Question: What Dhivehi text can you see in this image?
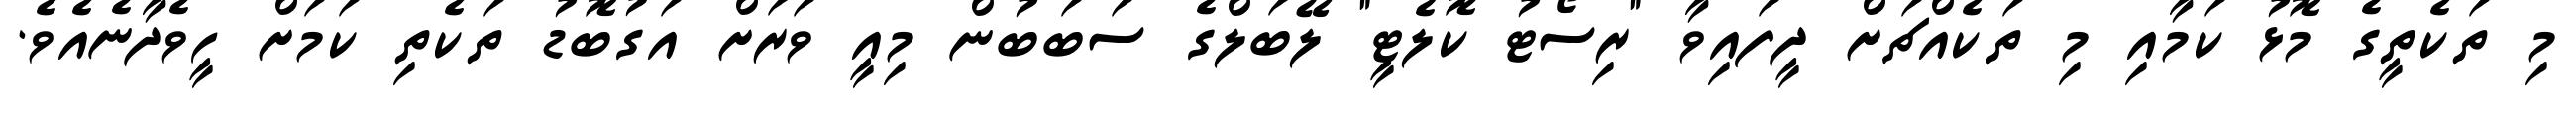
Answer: މި ތަކެތީގެ މޮޅު ކަމާއި މި ތަކެއްޗަށް ދީފައިވާ "ރިސޯޓު ކޮލެޓީ" ލޭބަލްގެ ސަބަބުން މިއީ ވަރަށް އަގުބޮޑު ތަކެތި ކަމަށް ހީވެދާނެއެވެ.